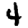
Digit: 4